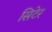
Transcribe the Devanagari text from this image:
सिटेर